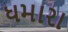
ધમારા